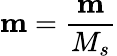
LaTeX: {\mathbf{m}}=\frac{{\mathbf{m}}}{M_{s}}